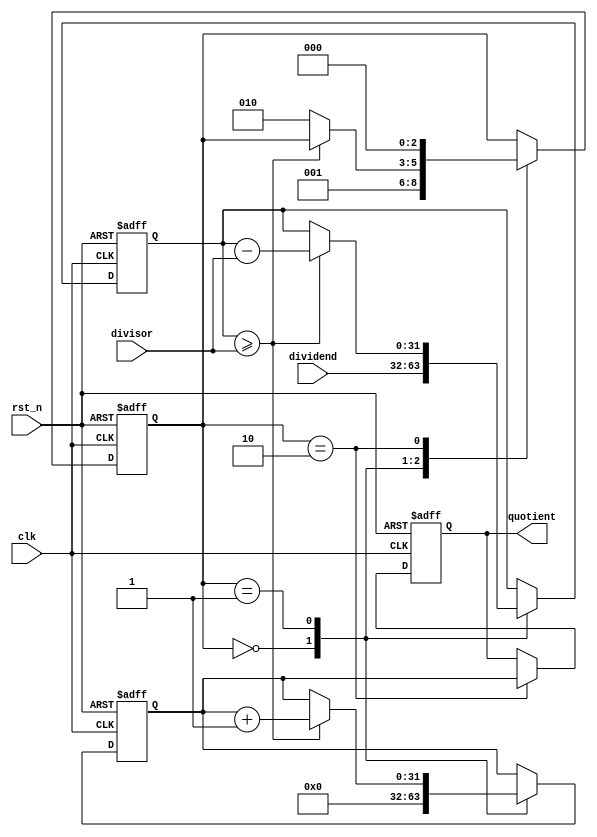
module divider (
    input wire clk,
    input wire rst_n,
    input wire [31:0] dividend,
    input wire [31:0] divisor,
    output reg [31:0] quotient
);

reg [31:0] remainder;
reg [31:0] counter;
reg [2:0] state;

always @ (posedge clk or negedge rst_n)
begin
    if (~rst_n)
    begin
        counter <= 0;
        state <= 0;
        remainder <= 0;
        quotient <= 0;
    end
    else
    begin
        case (state)
            0: begin // Initialization state
                counter <= 0;
                remainder <= dividend;
                state <= 1;
            end
            1: begin // Division state
                if (remainder >= divisor)
                begin
                    remainder <= remainder - divisor;
                    counter <= counter + 1;
                end
                else
                begin
                    state <= 2;
                end
            end
            2: begin // Completion state
                quotient <= counter;
                state <= 0;
            end
        endcase
    end
end

endmodule